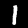
Digit: 1